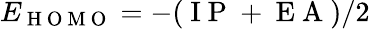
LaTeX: E_{\mathrm{~H~O~M~O~}}=-(\mathrm{~I~P~}+\mathrm{~E~A~})/2